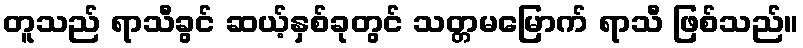
တူသည် ရာသီခွင် ဆယ့်နှစ်ခုတွင် သတ္တမမြောက် ရာသီ ဖြစ်သည်။